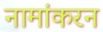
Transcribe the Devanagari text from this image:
नामांकरन